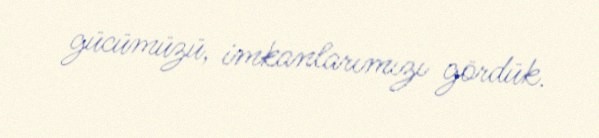
gücümüzü, imkanlarımızı gördük.